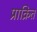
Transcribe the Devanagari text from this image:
प्राक्रित